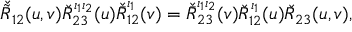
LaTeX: \check { \tilde { R } } _ { 1 2 } ( u , v ) \check { R } _ { 2 3 } ^ { \iota _ { 1 } \iota _ { 2 } } ( u ) \check { \bar { R } } _ { 1 2 } ^ { \iota _ { 1 } } ( v ) = \check { \bar { R } } _ { 2 3 } ^ { \iota _ { 1 } \iota _ { 2 } } ( v ) \check { R } _ { 1 2 } ^ { \iota _ { 1 } } ( u ) \check { R } _ { 2 3 } ( u , v ) ,